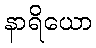
နာရိယော